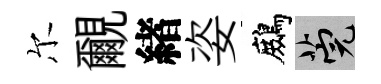
尔覼緖姿鷓筦